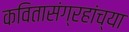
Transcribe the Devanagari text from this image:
कवितासंग्रहांच्या